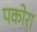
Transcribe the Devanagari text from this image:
पकोरा